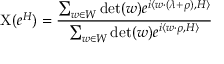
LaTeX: \mathrm { X } ( e ^ { H } ) = { \frac { \sum _ { w \in W } \operatorname* { d e t } ( w ) e ^ { i \langle w \cdot ( \lambda + \rho ) , H \rangle } } { \sum _ { w \in W } \operatorname* { d e t } ( w ) e ^ { i \langle w \cdot \rho , H \rangle } } }